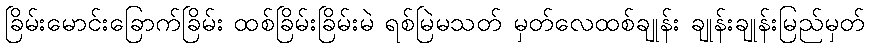
ခြိမ်းမောင်းခြောက်ခြိမ်း ထစ်ခြိမ်းခြိမ်းမဲ ရစ်မြဲမသတ် မှတ်လေထစ်ချုန်း ချုန်းချုန်းမြည်မှတ်